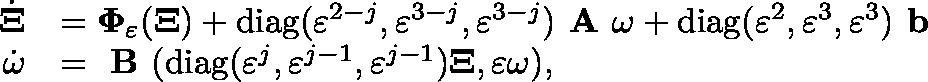
\begin{array} { r l } { \dot { \mathbf { \Xi } } } & { = \mathbf { \Phi } _ { \varepsilon } ( \mathbf { \Xi } ) + \mathrm { d i a g } ( \varepsilon ^ { 2 - j } , \varepsilon ^ { 3 - j } , \varepsilon ^ { 3 - j } ) \textbf { A } \omega + \mathrm { d i a g } ( \varepsilon ^ { 2 } , \varepsilon ^ { 3 } , \varepsilon ^ { 3 } ) \textbf { b } } \\ { \dot { \omega } } & { = \textbf { B } ( \mathrm { d i a g } ( \varepsilon ^ { j } , \varepsilon ^ { j - 1 } , \varepsilon ^ { j - 1 } ) \mathbf { \Xi } , \varepsilon \omega ) , } \end{array}